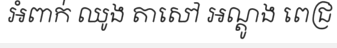
អំពាក់ ឈូង តាសៅ អណ្តូង ពេជ្រ